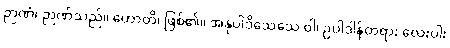
ဉာဏံ၊ ဉာဏ်သည်။ ဟောတိ၊ ဖြစ်၏။ အနုပါဒိသေသေ ဝါ၊ ဥပါဒါန်တရား လေးပါး